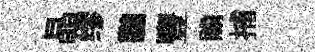
晶缪鵬豐贍捕